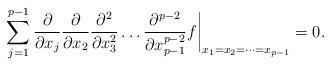
LaTeX: \begin{align*}\sum_{j=1}^{p-1}\frac{\partial}{\partial x_{j}} \frac{\partial}{\partial x_{2}}\frac{\partial^{2}}{\partial x_{3}^{2}} \dots\frac{\partial^{p-2}}{\partial x_{p-1}^{p-2}}f \biggr|_{x_1=x_2=\dots=x_{p-1}}=0.\end{align*}